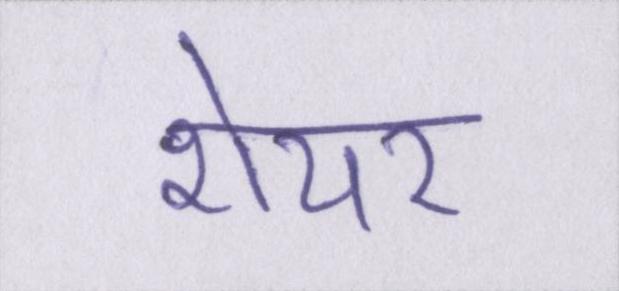
शेयर